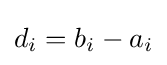
d_{i}=b_{i}-a_{i}